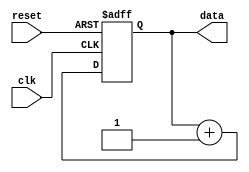
module repeat_loop (
    input wire clk,         // Clock signal
    input wire reset,       // Reset signal to break the loop
    output reg [7:0] data   // Example output data
);

    // Initialization
    initial begin
        data = 8'h00; // Initialize data
    end

    // Always block to implement the repeat loop
    always @(posedge clk or posedge reset) begin
        if (reset) begin
            // Reset condition: exit the loop and reset data
            data <= 8'h00;
        end else begin
            // Infinite loop behavior (simulated)
            // This will execute continuously on each clock cycle
            // You can add any logic you want to execute repeatedly here
            data <= data + 1; // Example operation: increment data
        end
    end

endmodule